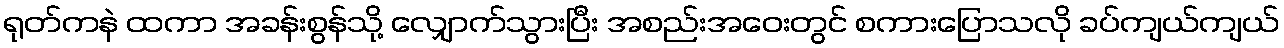
ရုတ်ကနဲ ထကာ အခန်းစွန်သို့ လျှောက်သွားပြီး အစည်းအဝေးတွင် စကားပြောသလို ခပ်ကျယ်ကျယ်